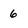
Character: 6